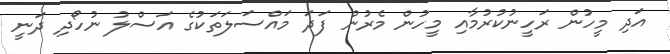
އަދި މީހުން ރަހީނުކުރުމާއި މީހުން މެރުން ފަދަ މައްސަލަތަކުގެ އަސްލު ނުހޯދި ދަނީ